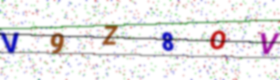
Text: V9Z8OV